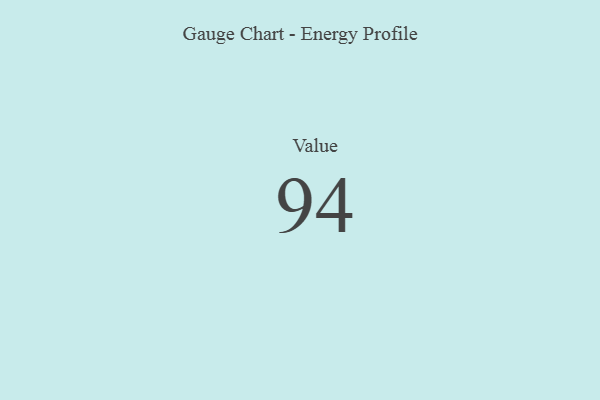
{"axis": {"x": "Metric", "y": "Value"}, "legend": [""], "data": [{"x": "Value", "y": 94, "type": ""}]}